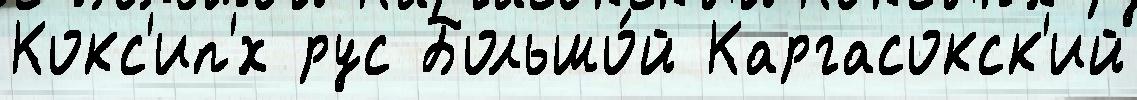
Кокс'ип'́х рус Большо́й Каргасокск'ий